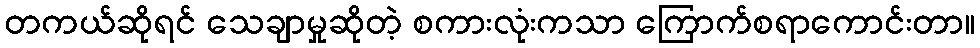
တကယ်ဆိုရင် သေချာမှုဆိုတဲ့ စကားလုံးကသာ ကြောက်စရာကောင်းတာ။